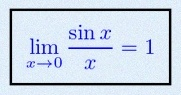
\lim_{x\to0}\frac{\sin x}{x}=1